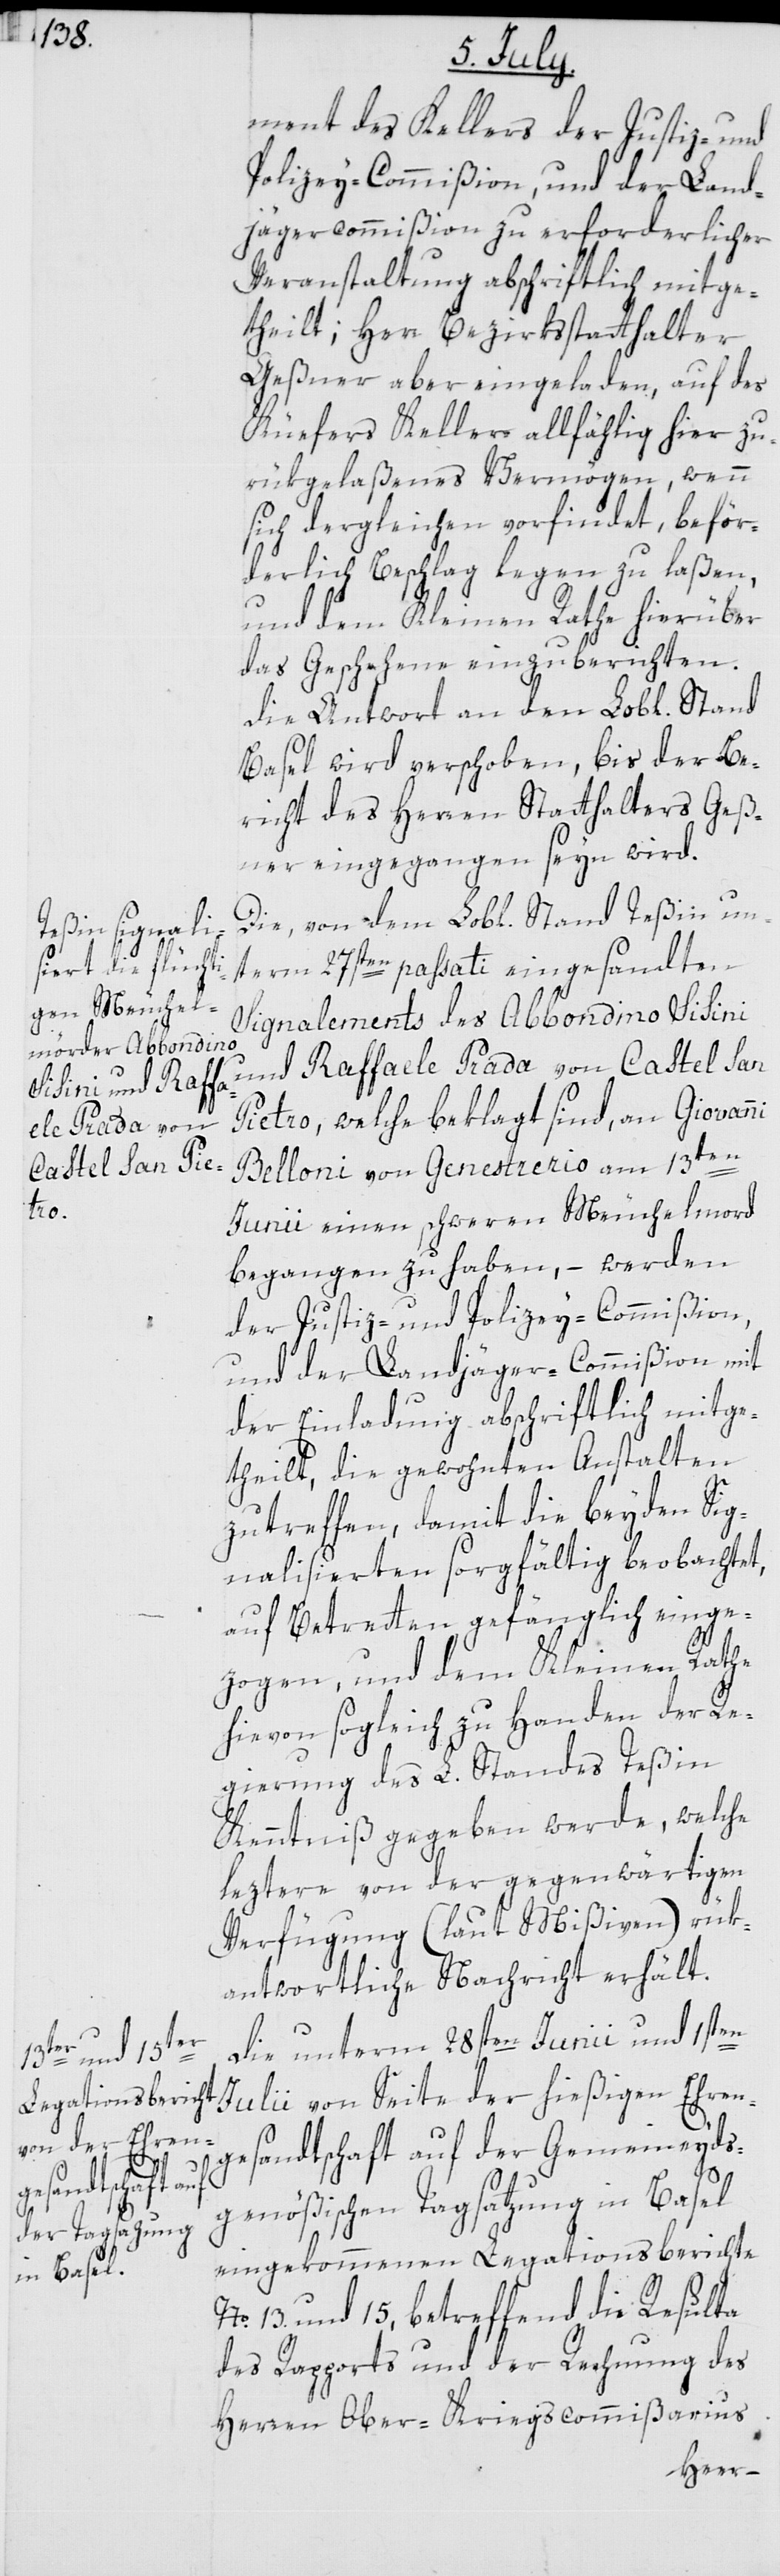
ment des Kellers der Justiz- und
Polizey-Commißion, und der Land¬
jägercommißion zu erforderlicher
Veranstaltung abschriftlich mitge¬
theilt; Herr Bezirksstatthalter
Geßner aber eingeladen, auf des
Küefers Kellers allfählig hier zu¬
rükgelaßenes Vermögen, wenn
sich dergleichen vorfindet, beför¬
derlich Beschlag legen zu laßen,
und dem Kleinen Rathe hierüber
das Geschehene einzuberichten.
Die Antwort an den Lobl. Stand
Basel wird verschoben, bis der Be¬
richt des Herren Statthalters Geß¬
ner eingegangen seyn wird.
Die, von dem Lobl. Stand Teßin un¬
term 27sten passati eingesandten
Signalements des Abbondino Sisini
und Raffaele Prada von Castel San
Pietro, welche beklagt sind, an Giovanni
Belloni von Genestrerio am 13ten
Junii einen schweren Meuchelmord
begangen zu haben, – werden
der Justiz- und Polizey-Commißion,
und der Landjäger-Commißion mit
der Einladung abschriftlich mitge¬
theilt, die gewohnten Anstalten
zutreffen, damit die beyden Sig¬
nalisierten sorgfältig beobachtet,
auf Betretten gefänglich einge¬
zogen und dem Kleinen Rathe
hievon sogleich zu Handen der Re¬
gierung des L. Standes Teßin
Kenntniß gegeben werde, welche
leztere von der gegenwärtigen
Verfügung (laut Mißiven) rük¬
antwortliche Nachricht erhält.
Die unterm 28sten Junii und 1sten
Julii von Seite der hießigen Ehren¬
gesandtschaft auf der Gemeineyds¬
genößischen Tagsatzung in Basel
eingekommenen Legationsberichte
No. 13. und 15, betreffend die Resultate
des Rapports und der Rechnung des
Herren Ober-Kriegscommißarius